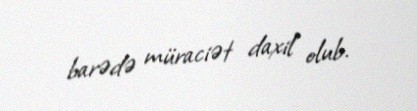
barədə müraciət daxil olub.